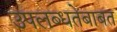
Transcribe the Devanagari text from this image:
उपलब्धतेबाबत